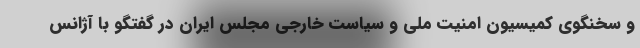
و سخنگوی کمیسیون امنیت ملی و سیاست خارجی مجلس ایران در گفتگو با آژانس